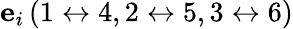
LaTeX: {\mathbf e}_{i}\, (1\leftrightarrow 4,2\leftrightarrow 5,3\leftrightarrow 6)